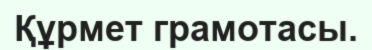
Құрмет грамотасы.